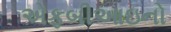
એફબીઆઇનો